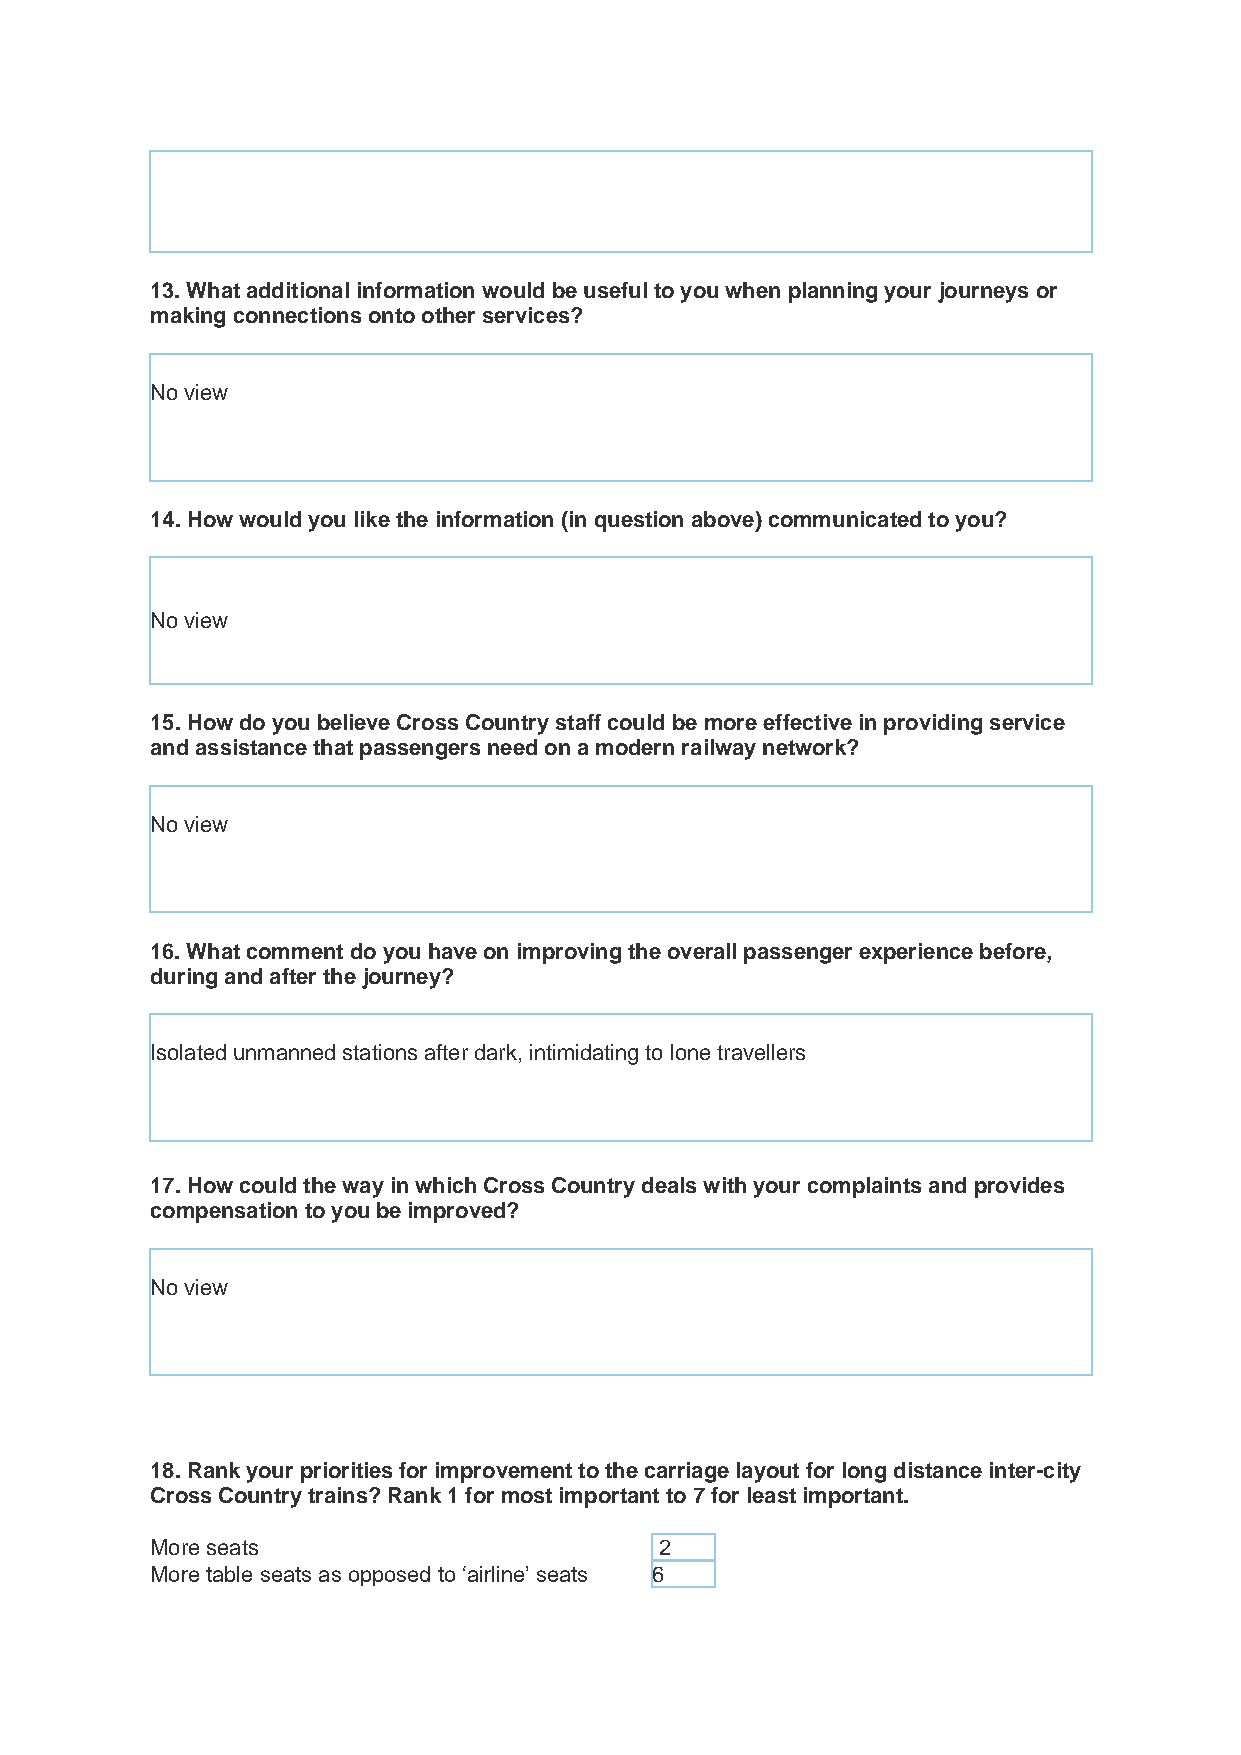
13. What additional information would be useful to you when planning your journeys or
 making connections onto other services?
 No view
 14. How would you like the information (in question above) communicated to you?
 No view
 15. How do you believe Cross Country staff could be more effective in providing service
 and assistance that passengers need on a modern railway network?
 No view
 16. What comment do you have on improving the overall passenger experience before,
 during and after the journey?
 Isolated unmanned stations after dark, intimidating to lone travellers
 17. How could the way in which Cross Country deals with your complaints and provides
 compensation to you be improved?
 No view
 18. Rank your priorities for improvement to the carriage layout for long distance inter-city
 Cross Country trains? Rank 1 for most important to 7 for least important.
 More seats                        2
 More table seats as opposed to ‘airline’ seats 6